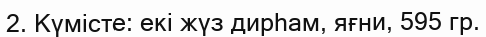
2. Күмісте: екі жүз дирһам, яғни, 595 гр.